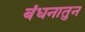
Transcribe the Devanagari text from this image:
बंधनातुन